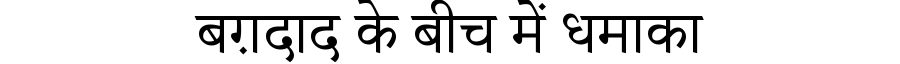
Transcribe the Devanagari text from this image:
बग़दाद के बीच में धमाका